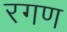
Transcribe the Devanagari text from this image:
रगण